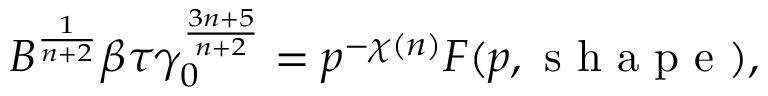
B ^ { \frac { 1 } { n + 2 } } \beta \tau \gamma _ { 0 } ^ { \frac { 3 n + 5 } { n + 2 } } = p ^ { - \chi ( n ) } F ( p , \mathrm { ~ s ~ h ~ a ~ p ~ e ~ } ) ,